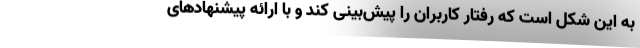
به این شکل است که رفتار کاربران را پیش­بینی کند و با ارائه پیشنهادهای